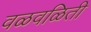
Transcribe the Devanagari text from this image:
वळवळिती